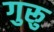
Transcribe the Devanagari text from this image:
गुरूु